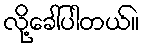
လို့ခေါ်ပါတယ်။